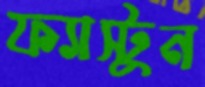
ফ্যাস্টুন